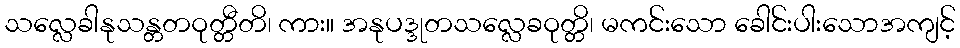
သလ္လေခါနုသန္တတဝုတ္တီတိ၊ ကား။ အနုပဒ္ဒုတသလ္လေခဝုတ္တိ၊ မကင်းသော ခေါင်းပါးသောအကျင့်